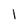
Character: 1